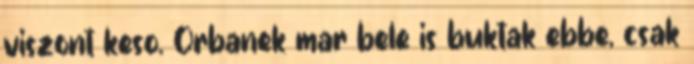
viszont keso. Orbanek mar bele is buktak ebbe, csak